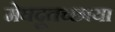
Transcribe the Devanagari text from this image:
मेघदूतच्छाया